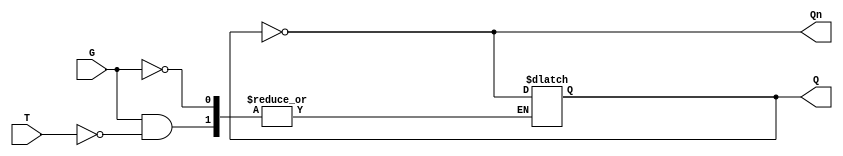
module Gated_T_Latch (
    input wire T,   // Toggle input
    input wire G,   // Gate/Enable input
    output reg Q,   // Output state
    output wire Qn  // Complementary output
);

    assign Qn = ~Q; // Complementary output

    always @(G or T) begin
        if (G) begin
            if (T) begin
                Q <= ~Q; // Toggle the output state
            end
            // If T is low, retain the current state (no change)
        end
        // If G is low, retain the current state (no change)
    end

endmodule